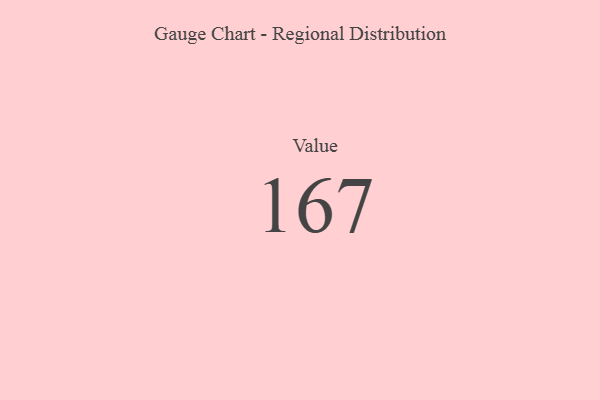
{"axis": {"x": "Metric", "y": "Value"}, "legend": [""], "data": [{"x": "Value", "y": 167, "type": ""}]}